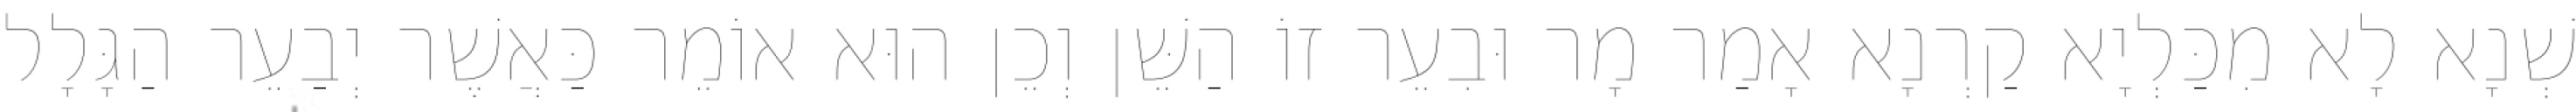
שְׁנָא לָא מִכַּלְיָא קַרְנָא אָמַר מָר וּבִעֵר זוֹ הַשֵּׁן וְכֵן הוּא אוֹמֵר כַּאֲשֶׁר יְבַעֵר הַגָּלָל